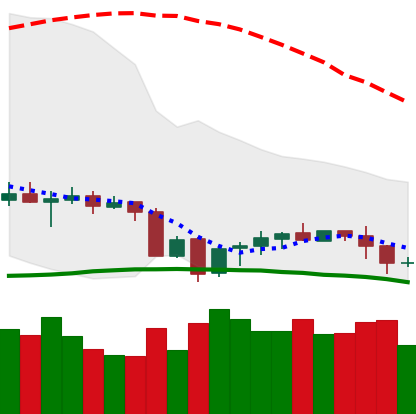
Ticker: EOS-USD
Chart end date: 2020-10-03
Forward return: 4.896%
Label: up_3_5